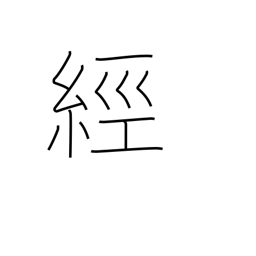
Meaning: pass through